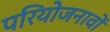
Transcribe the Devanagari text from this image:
परियोजनावों